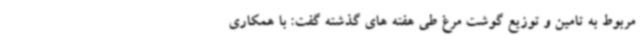
مربوط به تامین و توزیع گوشت مرغ طی هفته های گذشته گفت: با همکاری